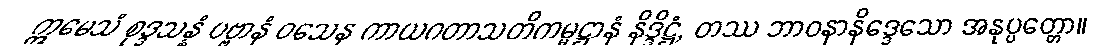
ဣမေသံ စုဒ္ဒသန္နံ ပဗ္ဗာနံ ဝသေန ကာယဂတာသတိကမ္မဋ္ဌာနံ နိဒ္ဒိဋ္ဌံ, တဿ ဘာဝနာနိဒ္ဒေသော အနုပ္ပတ္တော။